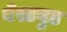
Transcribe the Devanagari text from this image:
बेस्टवुड